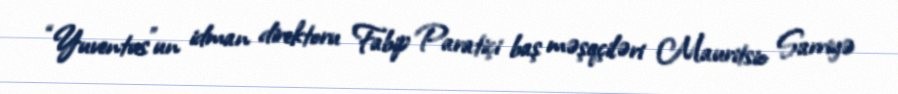
“Yuventus”un idman direktoru Fabip Paratiçi baş məşqçiləri Mauritsio Sarriyə